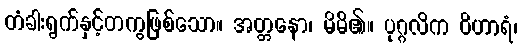
တံခါးရွက်နှင့်တကွဖြစ်သော။ အတ္တနော၊ မိမိ၏။ ပုဂ္ဂလိက ဝိဟာရံ၊